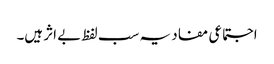
اجتماعی مفاد یہ سب لفظ بے اثر ہیں۔